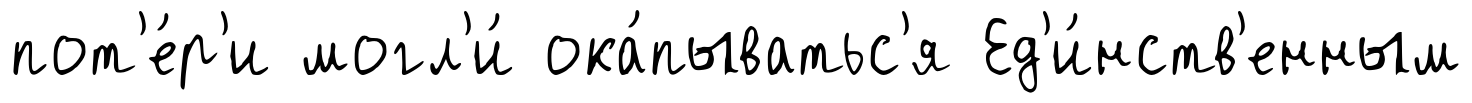
пот'е́р'и могл'и́ ока́пыватьс'я Ед'и́нств'енным